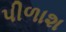
પીળાશ